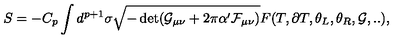
S = - C _ { p } \int d ^ { p + 1 } \sigma \sqrt { - \det ( \mathcal { G } _ { \mu \nu } + 2 \pi \alpha ^ { \prime } \mathcal { F } _ { \mu \nu } ) } F ( T , \partial T , \theta _ { L } , \theta _ { R } , \mathcal { G } , . . ) ,